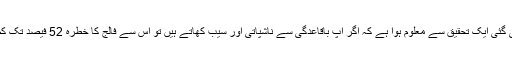
ہالینڈ میں کی گئی ایک تحقیق سے معلوم ہوا ہے کہ اگر آپ باقاعدگی سے ناشپاتی اور سیب کھاتے ہیں تو اس سے فالج کا خطرہ 52 فیصد تک کم ہوجاتا ہے۔